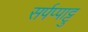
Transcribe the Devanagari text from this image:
सर्पप्पाट्टु